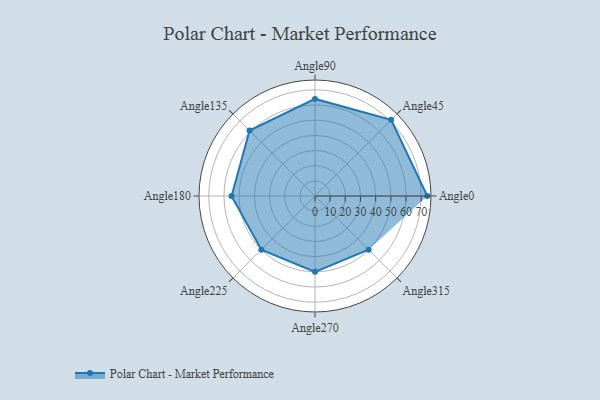
{"axis": {"x": "Angle", "y": "Radius"}, "legend": [""], "data": [{"x": "Angle0", "y": 74.0, "type": ""}, {"x": "Angle45", "y": 71.0, "type": ""}, {"x": "Angle90", "y": 64.0, "type": ""}, {"x": "Angle135", "y": 61.0, "type": ""}, {"x": "Angle180", "y": 55.0, "type": ""}, {"x": "Angle225", "y": 50, "type": ""}, {"x": "Angle270", "y": 50, "type": ""}, {"x": "Angle315", "y": 50, "type": ""}]}